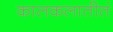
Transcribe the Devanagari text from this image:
कालकलातीतं